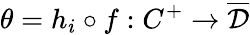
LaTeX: \theta=h_{i}\circ f:C^{+}\rightarrow\overline{{\mathcal{D}}}